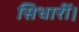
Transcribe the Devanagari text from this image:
सिधारीं।